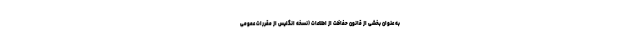
به عنوان بخشی از قانون حفاظت از اطلاعات (نسخه انگلیس از مقررات عمومی